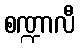
စဏ္ဍာလီ